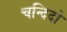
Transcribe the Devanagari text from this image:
चन्दिदो